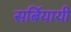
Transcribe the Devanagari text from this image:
सर्बियायी